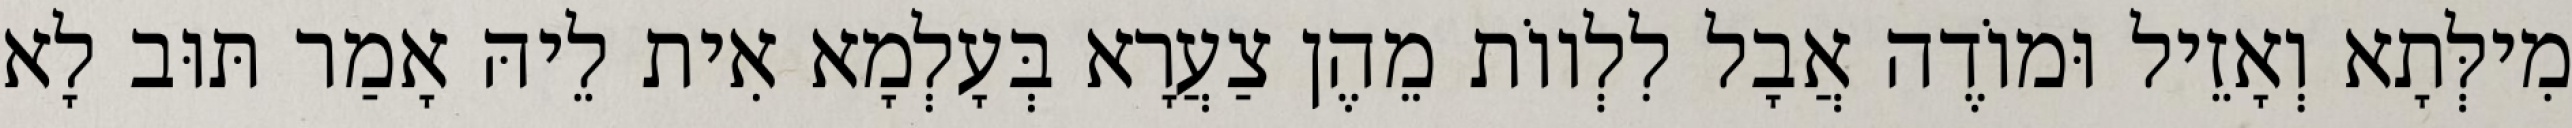
מִילְּתָא וְאָזֵיל וּמוֹדֶה אֲבָל לִלְווֹת מֵהֶן צַעֲרָא בְּעָלְמָא אִית לֵיהּ אָמַר תּוּב לָא